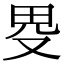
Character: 𤰯